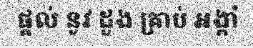
ផ្តល់ នូវ ដួង គ្រាប់ អង្កាំ